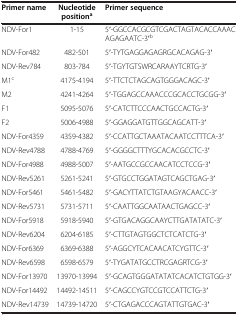
<table><thead><tr><td><b>Primer name</b></td><td><b>Nucleotide position<sup>a</sup></b></td><td><b>Primer sequence</b></td></tr></thead><tbody><tr><td>NDV-For1</td><td>1-15</td><td>5′-GGCCACGCGTCGACTAGTACACCAAACAGAGAATC-3′<sup>b</sup></td></tr><tr><td>NDV-For482</td><td>482-501</td><td>5′-TYTGAGGAGAGRGCACAGAG-3′</td></tr><tr><td>NDV-Rev784</td><td>803-784</td><td>5′-TGYTGTSWRCARAAYTCRTG-3′</td></tr><tr><td>M1<sup>c</sup></td><td>4175-4194</td><td>5′-TTCTCTAGCAGTGGGACAGC-3′</td></tr><tr><td>M2</td><td>4241-4264</td><td>5′-TGGAGCCAAACCCGCACCTGCGG-3′</td></tr><tr><td>F1</td><td>5095-5076</td><td>5′-CATCTTCCCAACTGCCACTG-3′</td></tr><tr><td>F2</td><td>5006-4988</td><td>5′-GGAGGATGTTGGCAGCATT-3′</td></tr><tr><td>NDV-For4359</td><td>4359-4382</td><td>5′-CCATTGCTAAATACAATCCTTTCA-3′</td></tr><tr><td>NDV-Rev4788</td><td>4788-4769</td><td>5′-GGGGCTTTYGCACACGCCTC-3′</td></tr><tr><td>NDV-For4988</td><td>4988-5007</td><td>5′-AATGCCGCCAACATCCTCCG-3′</td></tr><tr><td>NDV-Rev5261</td><td>5261-5241</td><td>5′-GTGCCTGGATAGTCAGCTGAG-3′</td></tr><tr><td>NDV-For5461</td><td>5461-5482</td><td>5′-GACYTTATCTGTAAGYACAACC-3′</td></tr><tr><td>NDV-Rev5731</td><td>5731-5711</td><td>5′-CAATTGGCAATAACTGAGCC-3′</td></tr><tr><td>NDV-For5918</td><td>5918-5940</td><td>5′-GTGACAGGCAAYCTTGATATATC-3′</td></tr><tr><td>NDV-Rev6204</td><td>6204-6185</td><td>5′-CTTGTAGTGGCTCTCATCTG-3′</td></tr><tr><td>NDV-For6369</td><td>6369-6388</td><td>5′-AGGCYTCACAACATCYGTTC-3′</td></tr><tr><td>NDV-Rev6598</td><td>6598-6579</td><td>5′-TYGATATGCCTRCGAGRTCG-3′</td></tr><tr><td>NDV-For13970</td><td>13970-13994</td><td>5′-GCAGTGGGATATATCACATCTGTGG-3′</td></tr><tr><td>NDV-For14492</td><td>14492-14511</td><td>5′-CAGCCYGTCCGTCCATTCTG-3′</td></tr><tr><td>NDV-Rev14739</td><td>14739-14720</td><td>5′-CTGAGACCCAGTATTGTGAC-3′</td></tr></tbody></table>